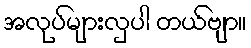
အလုပ်များလှပါ တယ်ဗျာ။